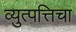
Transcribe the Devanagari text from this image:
व्युत्पत्तिचा